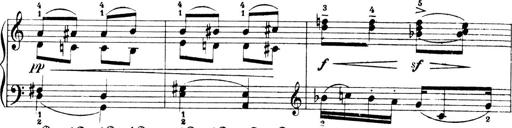
Title: 4 Sonatines
Composer: Max Reger